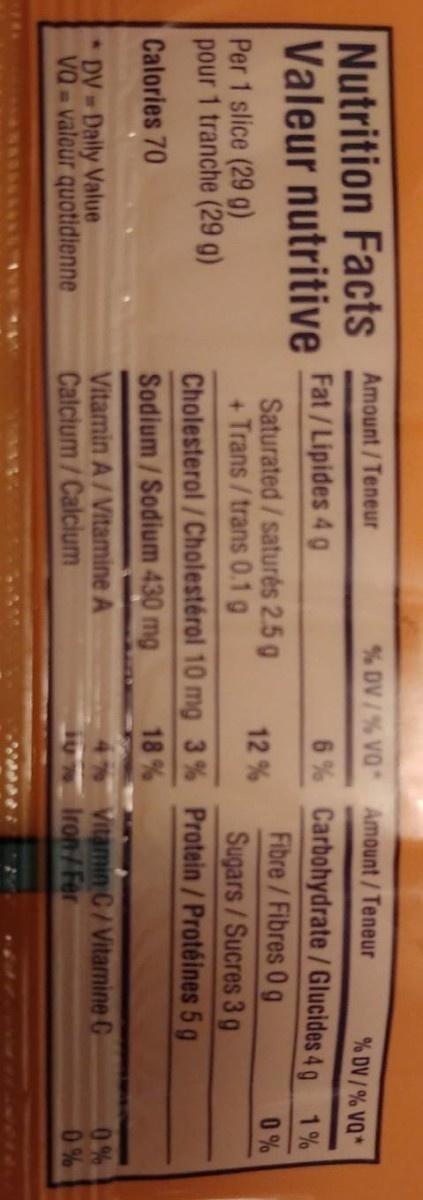
Nutrition Facts Amount/Teneur Valeur nutritive Fat/Lipides 4 g
% DV/% VQ Amount/Teneur
% DV/% VQ*
Saturated/saturés 2.5 g + Trans/trans 0.1 g Cholesterol/Cholestérol 10 mg 3 % Protein/Protéines 5 g
6 % Carbohydrate/Glucides 4 g 1% Fibre/Fibres 0 g Sugars/Sucres 3 g
0 %
12 %
Per 1 slice (29 g) pour 1 tranche (29 g)
Calories 70
Sodium/Sodium 430 mg
18 %
*DV Daily Value VQ valeur quotidienne
Vitamin A/Vitamine. Calcium/Calcium
Vitamin C/Vitamine C 1ộ _ Iron/Fer
0% 0%